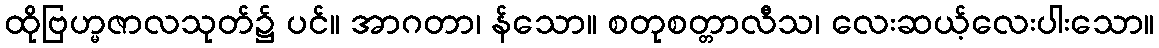
ထိုဗြဟ္မဇာလသုတ်၌ ပင်။ အာဂတာ၊ န်သော။ စတုစတ္တာလီသ၊ လေးဆယ့်လေးပါးသော။